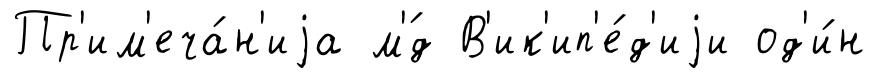
Пр'им'еча́н'иjа м'́д В'ик'ип'е́д'иjи од'и́н